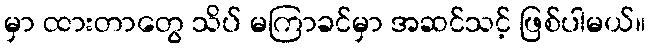
မှာ ထားတာတွေ သိပ် မကြာခင်မှာ အဆင်သင့် ဖြစ်ပါမယ်။